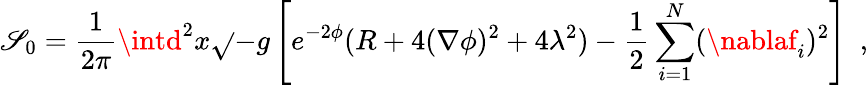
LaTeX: \mathscr{S}_{0}={\frac{{1}}{{2\pi}}}\intd^{2}x\sqrt{}{{-g}}\left[e^{-2\phi}(R+4(\nabla\phi)^{2}+4\lambda^{2})-{\frac{{1}}{{2}}}\sum_{i=1}^{N}(\nablaf_{i})^{2}\right]\ \ ,